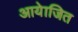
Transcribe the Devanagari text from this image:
आयेाजित